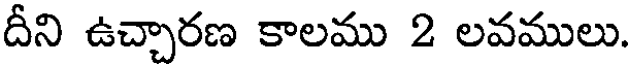
దీని ఉచ్చారణ కాలము 2 లవములు.